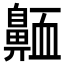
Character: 𪖩